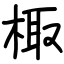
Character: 棷